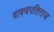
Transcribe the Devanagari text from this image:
वाक्यपतिराज